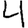
Digit: 4